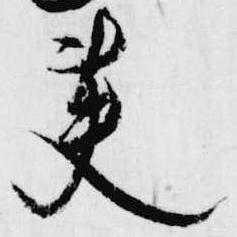
英